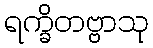
ရက္ခိတဗ္ဗာသု